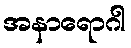
အနာရောဂါ